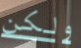
ولكن